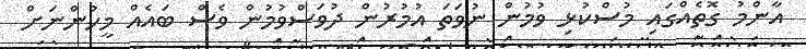
އާންމު ގޮތެއްގައި މުސްކުޅި ވުމުން ނުވަތަ އުމުރުން ދުވަސްވުމުން ވެސް ބައެއް މީހުންނަށް